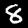
Digit: 8